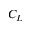
C _ { L }